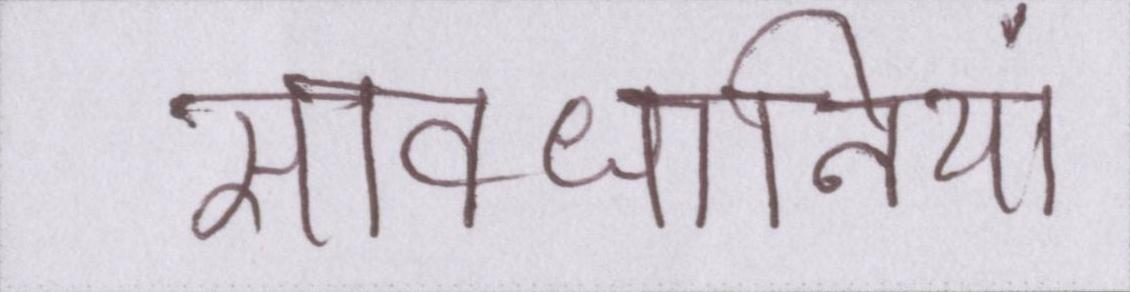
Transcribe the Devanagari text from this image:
सावधानियां